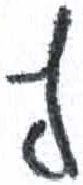
אות: ץ